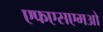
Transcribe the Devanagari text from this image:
एफएसएमओ